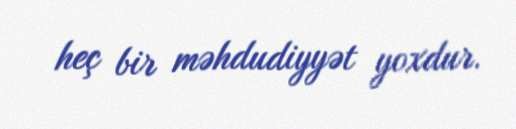
heç bir məhdudiyyət yoxdur.